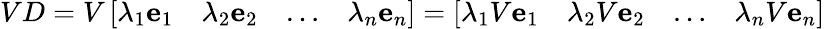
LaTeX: VD=V\left[\begin{array}{llll}{\lambda_{1}\mathbf e_{1}}&{\lambda_{2}\mathbf e_{2}}&{\ldots}&{\lambda_{n}\mathbf e_{n}}\end{array}\right]=\left[\begin{array}{llll}{\lambda_{1}V\mathbf e_{1}}&{\lambda_{2}V\mathbf e_{2}}&{\ldots}&{\lambda_{n}V\mathbf e_{n}}\end{array}\right]